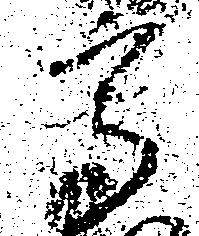
高